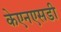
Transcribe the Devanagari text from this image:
केएनएसडी